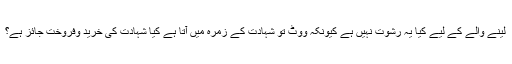
لینے والے کے لیے کیا یہ رشوت نہیں ہے کیونکہ ووٹ تو شہادت کے زمرہ میں آتا ہے کیا شہادت کی خرید وفروخت جائز ہے؟